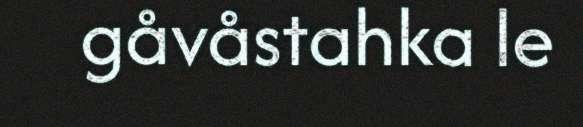
gåvåstahka le